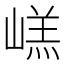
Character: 㟱